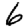
Digit: 6